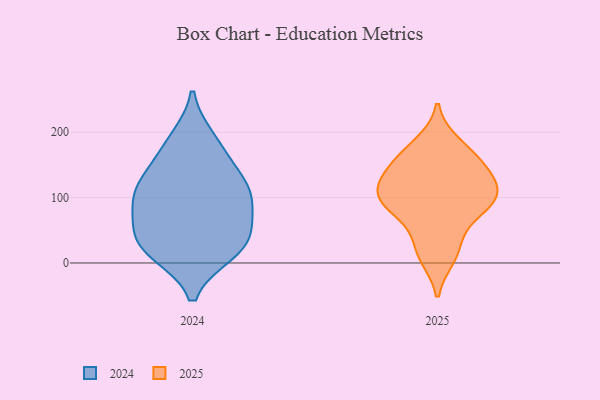
{"axis": {"x": "Latency (ms)", "y": "Value"}, "legend": ["2024", "2025"], "data": [{"x": "", "y": 89, "type": "2024"}, {"x": "", "y": 175, "type": "2024"}, {"x": "", "y": 114, "type": "2024"}, {"x": "", "y": 109, "type": "2024"}, {"x": "", "y": 24, "type": "2024"}, {"x": "", "y": 52, "type": "2024"}, {"x": "", "y": 189, "type": "2024"}, {"x": "", "y": 74, "type": "2024"}, {"x": "", "y": 20, "type": "2024"}, {"x": "", "y": 37, "type": "2024"}, {"x": "", "y": 138, "type": "2024"}, {"x": "", "y": 16, "type": "2024"}, {"x": "", "y": 114, "type": "2024"}, {"x": "", "y": 146, "type": "2025"}, {"x": "", "y": 91, "type": "2025"}, {"x": "", "y": 144, "type": "2025"}, {"x": "", "y": 10, "type": "2025"}, {"x": "", "y": 112, "type": "2025"}, {"x": "", "y": 72, "type": "2025"}, {"x": "", "y": 182, "type": "2025"}, {"x": "", "y": 26, "type": "2025"}, {"x": "", "y": 108, "type": "2025"}, {"x": "", "y": 162, "type": "2025"}, {"x": "", "y": 111, "type": "2025"}, {"x": "", "y": 90, "type": "2025"}]}